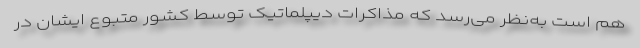
هم است به‌نظر می‌رسد که مذاکرات دیپلماتیک توسط کشور متبوع ایشان در